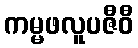
ကမ္မဖလူပဇီဝီ